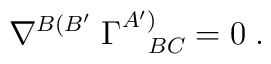
\nabla^{B(B'} \; \Gamma_{\; \; \; \; BC}^{A')}=0 \; .